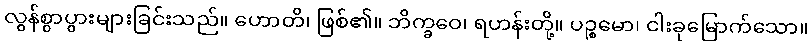
လွန်စွာပွားများခြင်းသည်။ ဟောတိ၊ ဖြစ်၏။ ဘိက္ခဝေ၊ ရဟန်းတို့။ ပဉ္စမော၊ ငါးခုမြောက်သော။